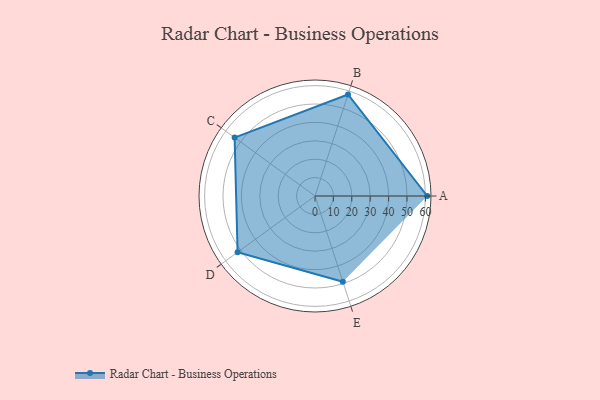
{"axis": {"x": "Skill", "y": "Score"}, "legend": ["Profile"], "data": [{"x": "A", "y": 61.0, "type": "Profile"}, {"x": "B", "y": 58.0, "type": "Profile"}, {"x": "C", "y": 54.0, "type": "Profile"}, {"x": "D", "y": 52.0, "type": "Profile"}, {"x": "E", "y": 49.0, "type": "Profile"}]}